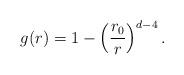
LaTeX: \begin{align*}g(r)=1-\left(\frac{r_0}{r}\right)^{d-4} .\end{align*}